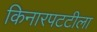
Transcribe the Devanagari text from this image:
किनारपटटीला